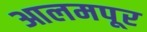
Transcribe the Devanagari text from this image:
आलमपूर